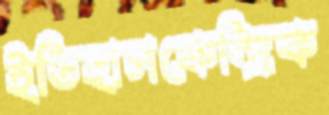
ইতিহাসকেন্দ্রিক